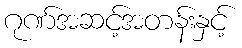
ဂုဏ်အဆင့်အတန်းနှင့်